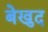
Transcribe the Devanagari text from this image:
बेखुद